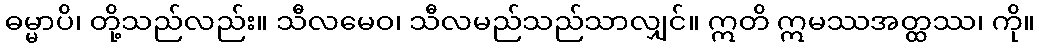
ဓမ္မာပိ၊ တို့သည်လည်း။ သီလမေဝ၊ သီလမည်သည်သာလျှင်။ ဣတိ ဣမဿအတ္ထဿ၊ ကို။